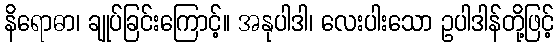
နိရောဓာ၊ ချုပ်ခြင်းကြောင့်။ အနုပါဒါ၊ လေးပါးသော ဥပါဒါန်တို့ဖြင့်